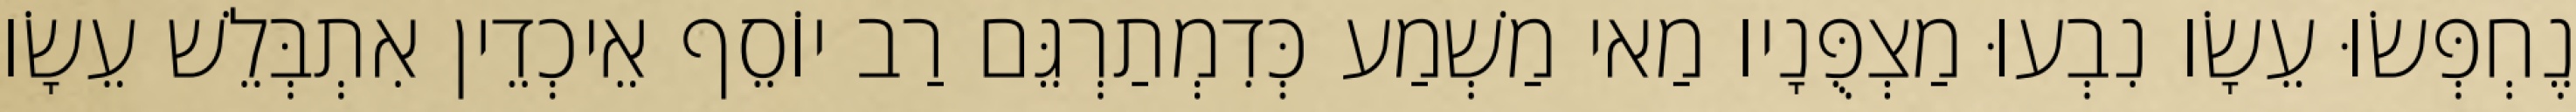
נֶחְפְּשׂוּ עֵשָׂו נִבְעוּ מַצְפֻּנָיו מַאי מַשְׁמַע כְּדִמְתַרְגֵּם רַב יוֹסֵף אֵיכְדֵין אִתְבְּלֵשׁ עֵשָׂו